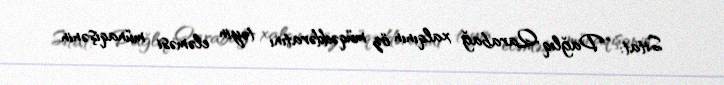
Sitat: “Dağlıq Qarabağ xalqının öz müqəddəratını təyin eləməsi münaqişənin